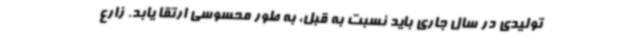
تولیدی در سال جاری باید نسبت به قبل، به طور محسوسی ارتقا یابد. زارع